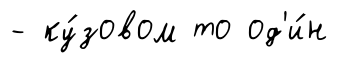
- ку́зовом то од'и́н